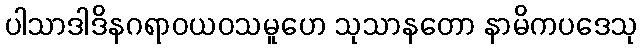
ပါသာဒါဒိနဂရာဝယဝသမူဟေ သုသာနတော နာမိကပဒေသု